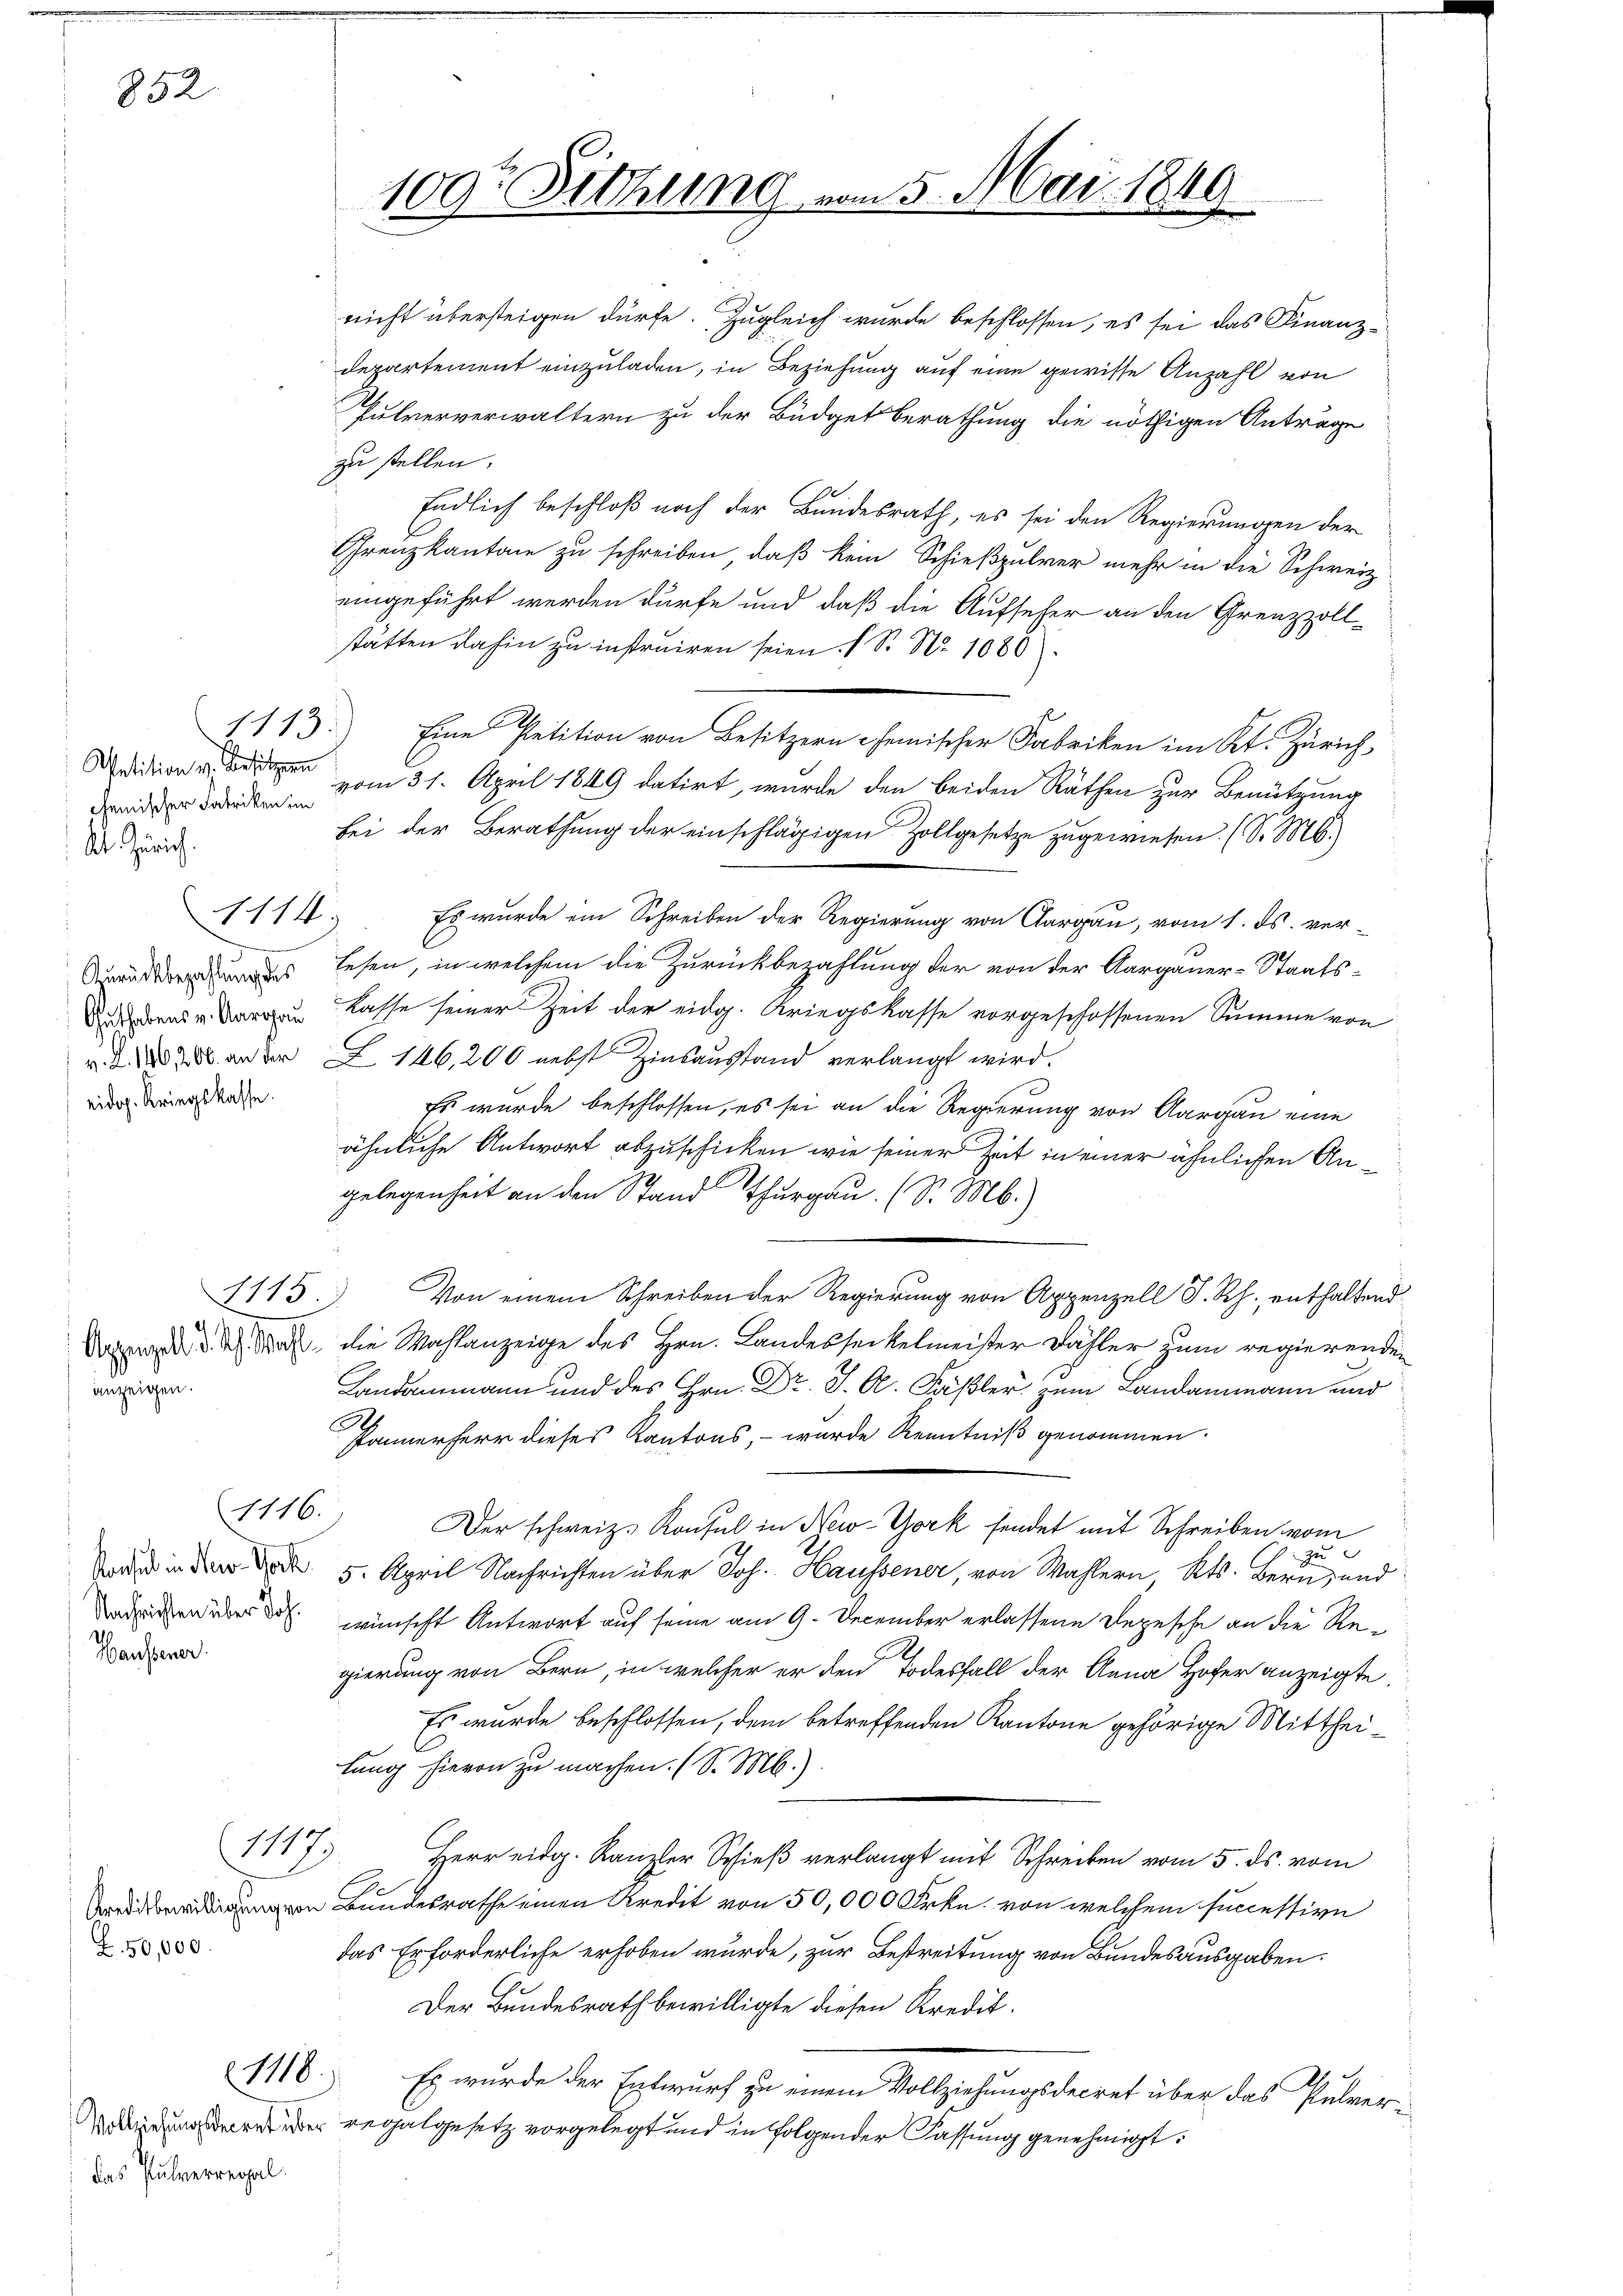
852

Petition v. Besitzern
chemischer Fabriken im
dt Zürich.
eidog. Kriegskasse.

anzeigen.

1114

1115

Haussener

1117

Z. 50,000.

1118.

das Pulverregal.

100t Fittung vom 5. Mai 1840

nicht übersteigen dürfe. Zugleich wurde beschlossen, es sei das Finanz-
departement einzuladen, in Beziehung auf eine gewisse Anzahl von
Pulververwaltern zu der Büdget Berathung die nöthigen Anträge
zu stellen.
Endlich beschloß noch der Bundesrath, es sei den Regierungen der
Grenzkantone zu schreiben, daß kein Schießpulver mehr in die Schweiz
eingeführt werden dürfe und daß die Aufseher an den Grenzzollstätten dahin zu instruiren seien. (S. Nr. 1080.
1113.) Eine Petition von Besitzern chemischer Fabriken im Kt. Zürich,
vom 31. April 1849 datirt, wurde den beiden Räthen zur Benützung
bei der Berathung der einschlägigen Zollgesetze zugewiesen. (S. M.
Es wurde im Schreiben der Regierung von Aargau, vom 1. ds. verdes lesen, in welchem die Zurückbezahlung der von der Aargauer-Staats¬
Dudent u. Karren Kasse seiner Zeit der eidg. Kriegskasse vorgeschossenen Summe von
v. J. 1786. an der Z 146, 200 nebst Zinsausstand verlangt wird.
Es wurde beschlossen, es sei an die Regierung von Aargau eine
ähnliche Antwort abzuschicken wie seiner Zeit in einer ähnlichen Angelegenheit an den Stand Thurgau (S. M.)
Von einem Schreiben der Regierung von Appenzell S. Rh., enthaltend
Daparz d. d. d. da die Wahlanzeige des Hrn. Landesseckelmeister Fähler zum regierenden
Landammann und des Hrn. Dr. J. A. Faßler zum Landammann und
Pannerherr dieses Kantons, – wurde Kenntniß genommen.
1116.
Der schweiz. Konsul in New-York sendet mit Schreiben vom
zu
 in der 5. April Nachrichten über Joh. Haussener, von Wahlern, Kts. Bern, und
eer wünscht Antwort auf seine am 9. December erlassene Depesche an die Regierung von Bern, in welcher er den Todesfall der Anna Hofer anzeigte.
Es wurde beschlossen, dem betreffenden Kantone gehörige Mittheilung hievon zu machen. (S. M.).
Herr eidg. Kanzler Schieß verlangt mit Schreiben vom 5. ds. vom
von Bundesrathe einen Kredit von 50,000 Frkn. von welchem successive
das Erforderliche erhoben wurde, zur Bestreitung von Bundesausgaben.
Der Bundesrath bewilligte diesen Kredit.
Es wurde der Entwurf zu einem Vollziehungsdecret über das Pulvergare der regalgesetz vorgelegt und in folgender Fassung genehmigt: